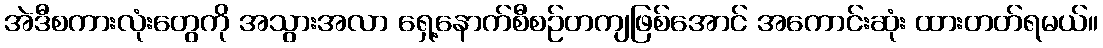
အဲဒီစကားလုံးတွေကို အသွားအလာ ရှေ့နောက်စီစဉ်တကျဖြစ်အောင် အကောင်းဆုံး ထားတတ်ရမယ်။